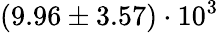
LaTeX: (9.96\pm 3.57)\cdot 10^{3}